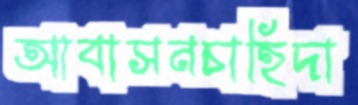
আবাসনচাহিদা